Civil Veterinary Department Bengal reports 1933-51 - 1933-1951
Year: 1933
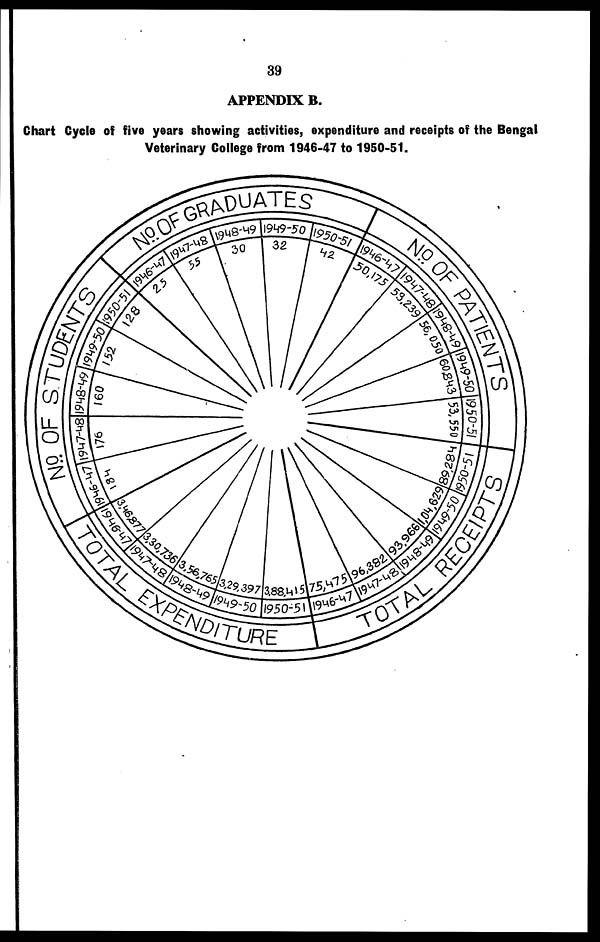
39
APPENDIX B.
Chart Cycle of five years showing activities, expenditure and receipts of the Bengal
Veterinary College from 1946-47 to 1950-51.